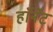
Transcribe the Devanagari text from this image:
हाॅर्नेट